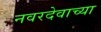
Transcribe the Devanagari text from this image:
नवरदेवाच्या